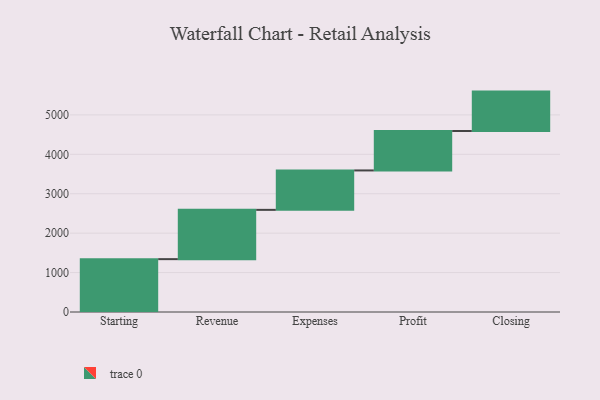
{"axis": {"x": "Step", "y": "Value"}, "legend": [""], "data": [{"x": "Starting", "y": 1341.0, "type": ""}, {"x": "Revenue", "y": 1250.0, "type": ""}, {"x": "Expenses", "y": 1000, "type": ""}, {"x": "Profit", "y": 1000, "type": ""}, {"x": "Closing", "y": 1000, "type": ""}]}